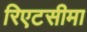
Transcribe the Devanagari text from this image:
रिएटसीमा